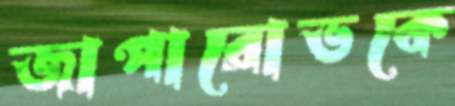
জাপারোভকে